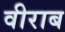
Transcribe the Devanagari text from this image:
वीराब